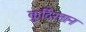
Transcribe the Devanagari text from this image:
क़ुर्दिस्तान